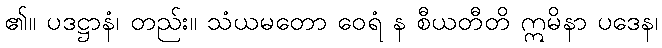
၏။ ပဒဋ္ဌာနံ၊ တည်း။ သံယမတော ဝေရံ န စီယတီတိ ဣမိနာ ပဒေန၊